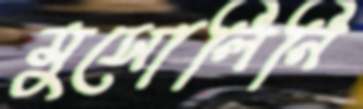
মুসোলিনি